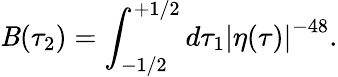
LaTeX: \mathit{B}(\tau_{2})=\int_{-1/2}^{+1/2}d\tau_{1}\left|\eta(\tau)\right|^{-48}.